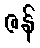
ဇန်